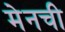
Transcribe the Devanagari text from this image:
मेनची